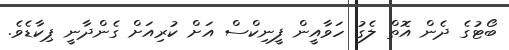
ބޯޓުގެ ދެން އޮތް ލެގު ހަވާއީން ފީނިކްސް އަށް ކުރިއަށް ގެންދާނީ ޕިކާޑެވެ.